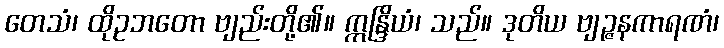
တေသံ၊ ထိုဥဘတော ဗျည်းတို့၏။ ဣန္ဒြိယံ၊ သည်။ ဒုတိယ ဗျဉ္ဇနကာရဏံ၊